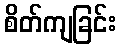
စိတ်ကျခြင်း